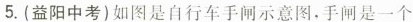
5.(益阳中考)如图是自行车手闸示意图，手闸是一个